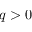
q > 0